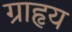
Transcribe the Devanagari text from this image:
ग्राहृय